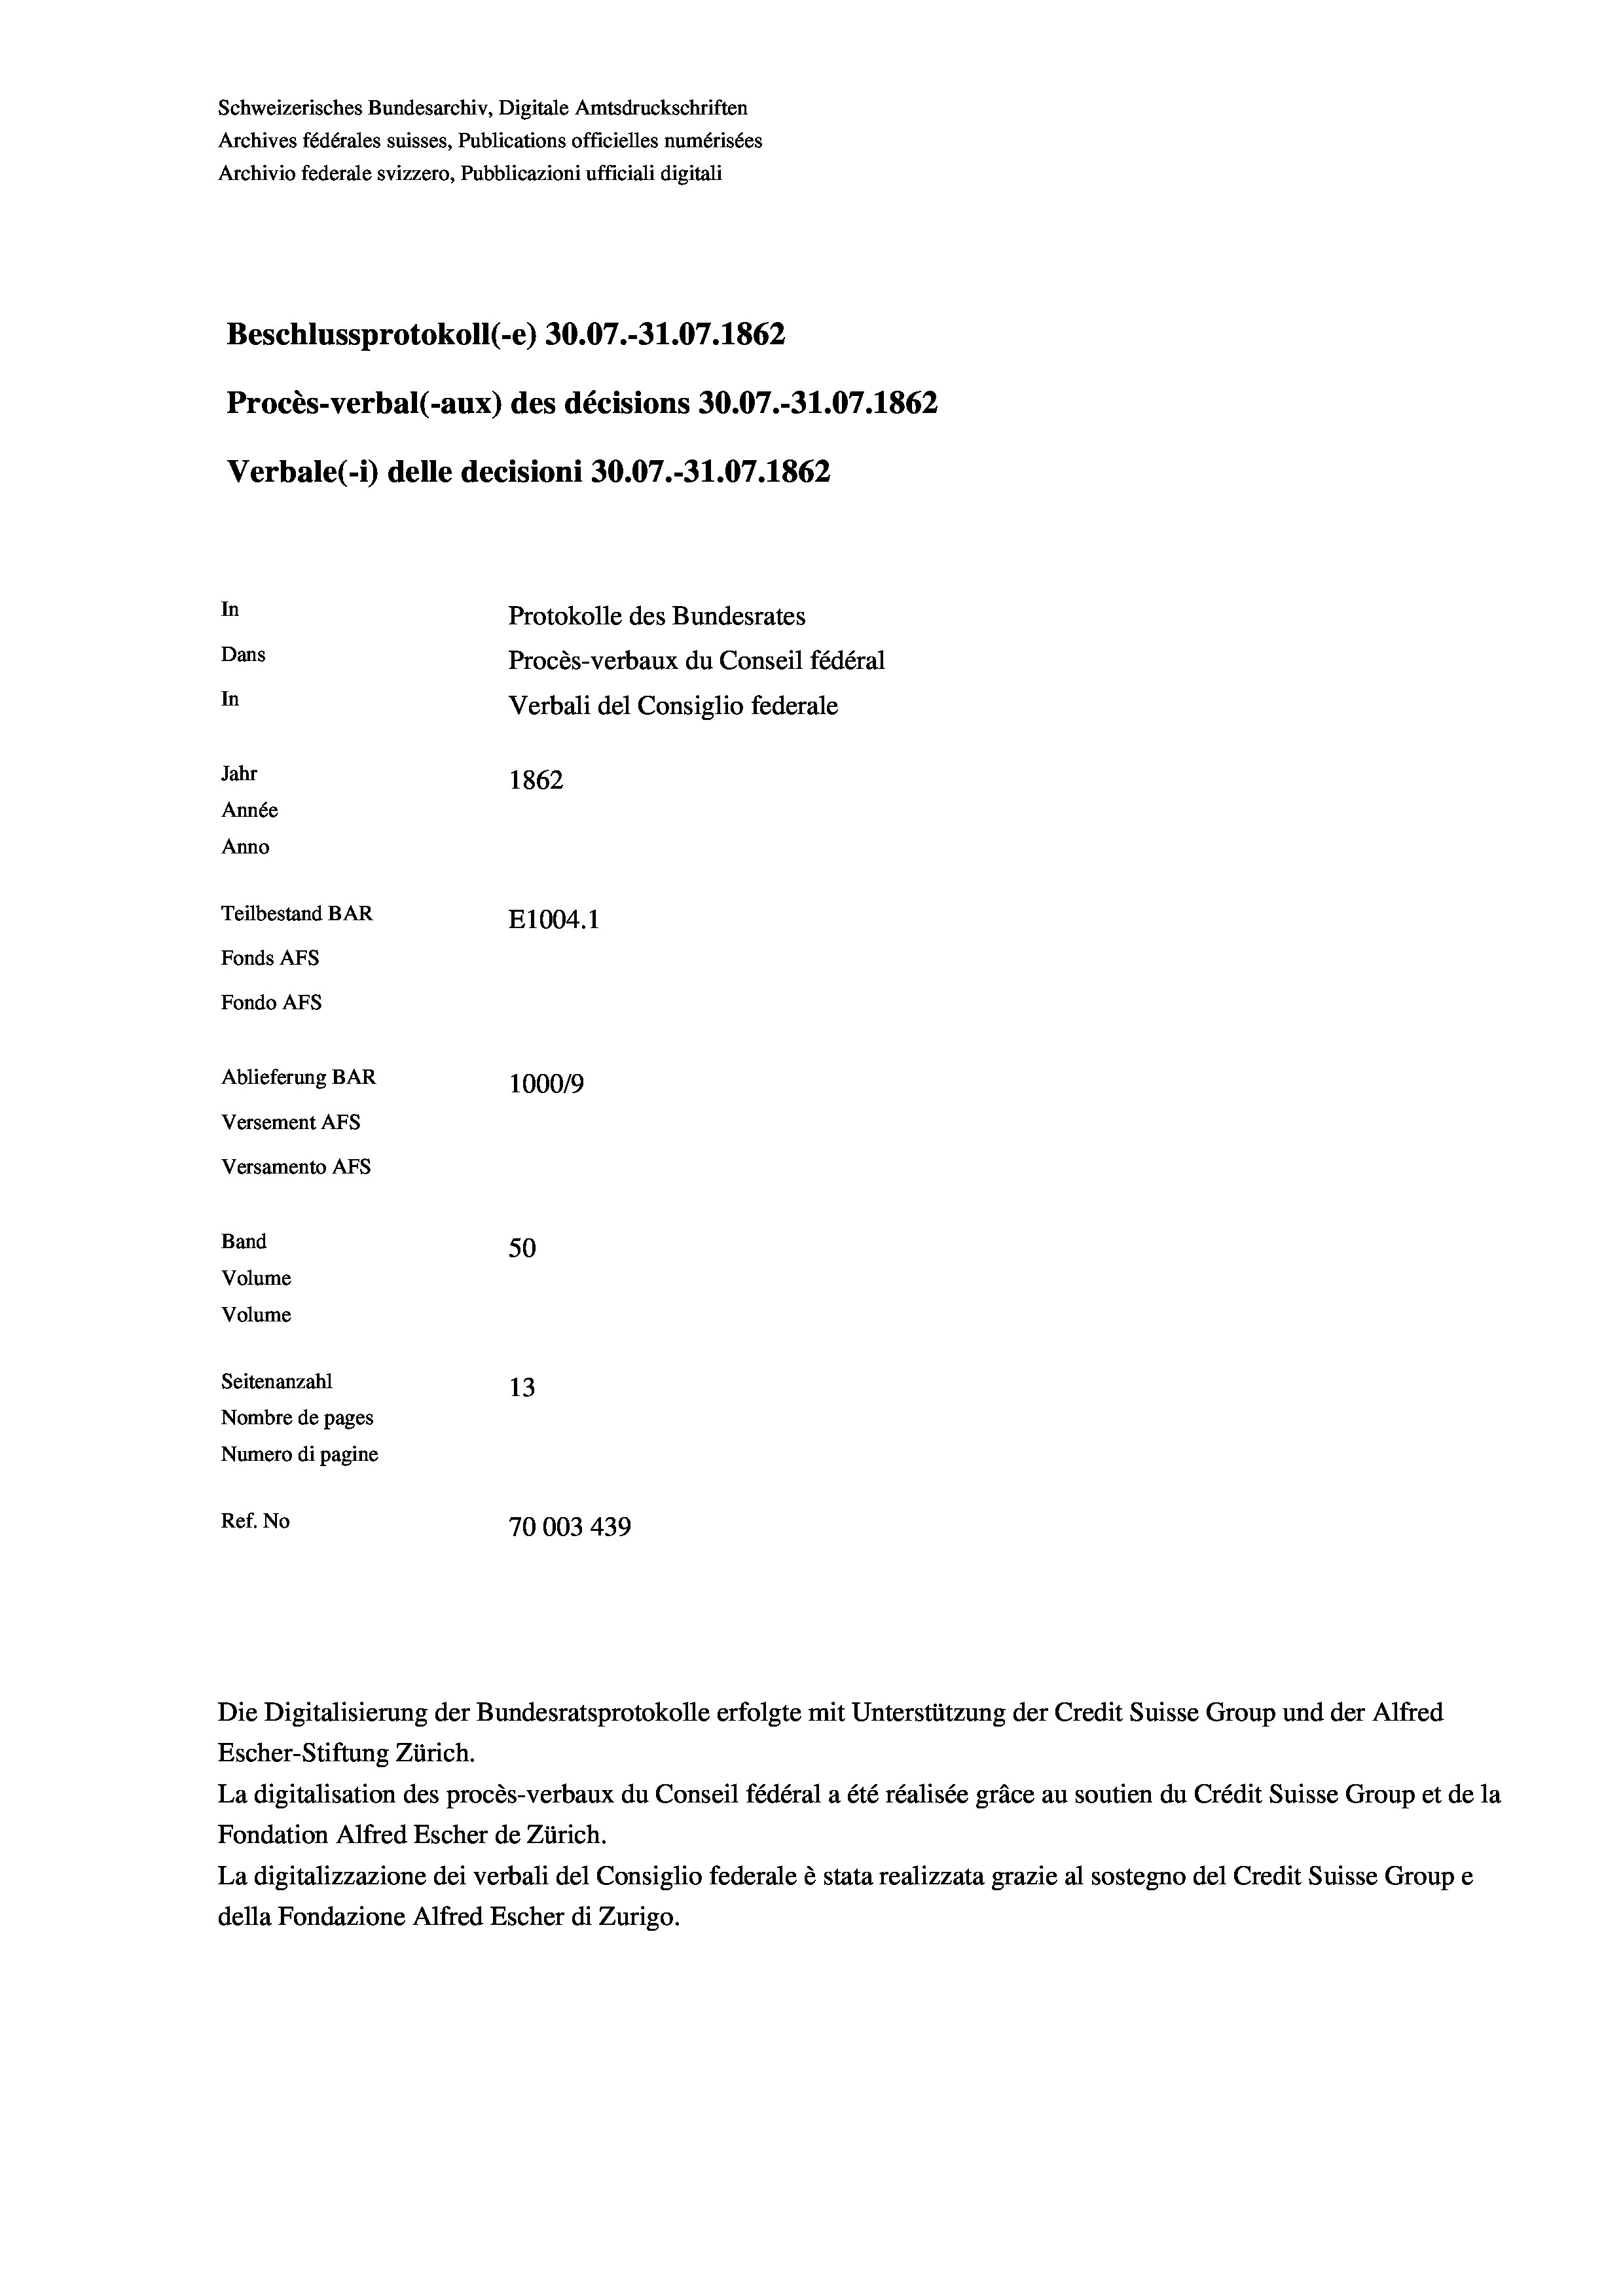
Schweizerisches Bundesarchiv, Digitale Amtsdruckschriften
Archives fédérales suisses, Publications officielles numérisées
Archivio federale svizzero, Pubblicazioni ufficiali digitali
Beschlussprotokoll (-e) 30.07.-31.07. 1862
Procès-verbal (-aux) des décisions 30.07.-31.07. 1862
Verbale (-*) delle decisioni 30.07.-31.07. 1862
In
Protokolle des Bundesrates
Dans
Procès-verbaux du Conseil fédéral
In
Verbali del Consiglio federale
Jahr
1862
Année
Anno
Teilbestand BAR
E1004. 1
Fonds AFs
Fondo Afs
Ablieferung BAR
100019
Versement AFs
Versamento Afs
Band
50

Seitenanzahl
13
Nombre de pages
Numero di pagine
Ref. No
70003 439

Volume
Volume

Die Digitalisierung der Bundesratsprotokolle erfolgte mit Unterstützung der Credit Suisse Group und der Alfred
Escher-Stiftung Zürich.
La digitalisation des procès-verbaux du Conseil fédéral a été réalisée gräce au soutien du Crédit Suisse Group et de la
Fondation Alfred Escher de Zürich.
La digitalizzazione dei verbali del Consiglio federale è stata realizzata grazie al sostegno del Credit Suisse Groupe
della Fondazione Alfred Escher di Zurigo.